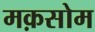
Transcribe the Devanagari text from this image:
मक़सोम